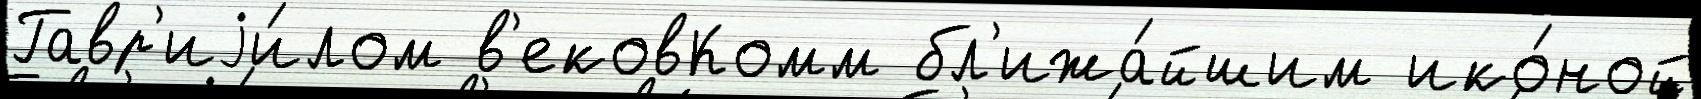
Гавр'иjи́лом в'ековКомм бл'ижа́йшим ико́ной